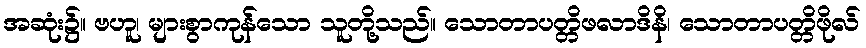
အဆုံး၌။ ဗဟူ၊ များစွာကုန်သော သူတို့သည်။ သောတာပတ္တိဖလာဒိနိ၊ သောတာပတ္တိဖိုလ်